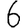
Digit: 6